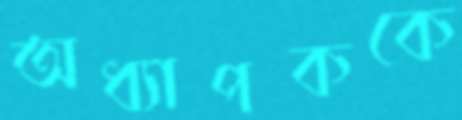
অধ্যাপককে